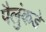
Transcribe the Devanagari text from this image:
पैलुंकडे